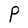
Character: P